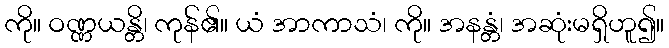
ကို။ ဝဏ္ဏယန္တိ၊ ကုန်၏။ ယံ အာကာသံ၊ ကို။ အနန္တံ၊ အဆုံးမရှိဟူ၍။